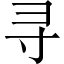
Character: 寻